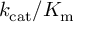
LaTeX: k _ { \mathrm { { c a t } } } / K _ { \mathrm { { m } } }